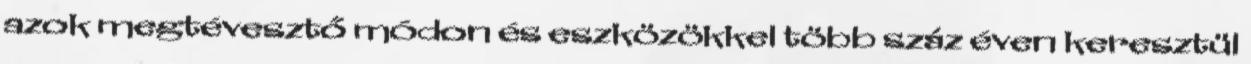
azok megtévesztő módon és eszközökkel több száz éven keresztül